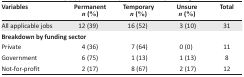
| Variables | Permanent n (%) | Temporary n (%) | Unsure n (%) | Total |
 | --- | --- | --- | --- | --- |
 | All applicable jobs | 12 (39) | 16 (52) | 3 (10) | 31 |
 | <COLSPAN=5> Breakdown by funding sector |
 | Private | 4 (36) | 7 (64) | 0 (0) | 11 |
 | Government | 6 (75) | 1 (13) | 1 (13) | 8 |
 | Not-for-profit | 2 (17) | 8 (67) | 2 (17) | 12 |